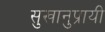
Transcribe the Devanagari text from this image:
सुखानुप्रायी